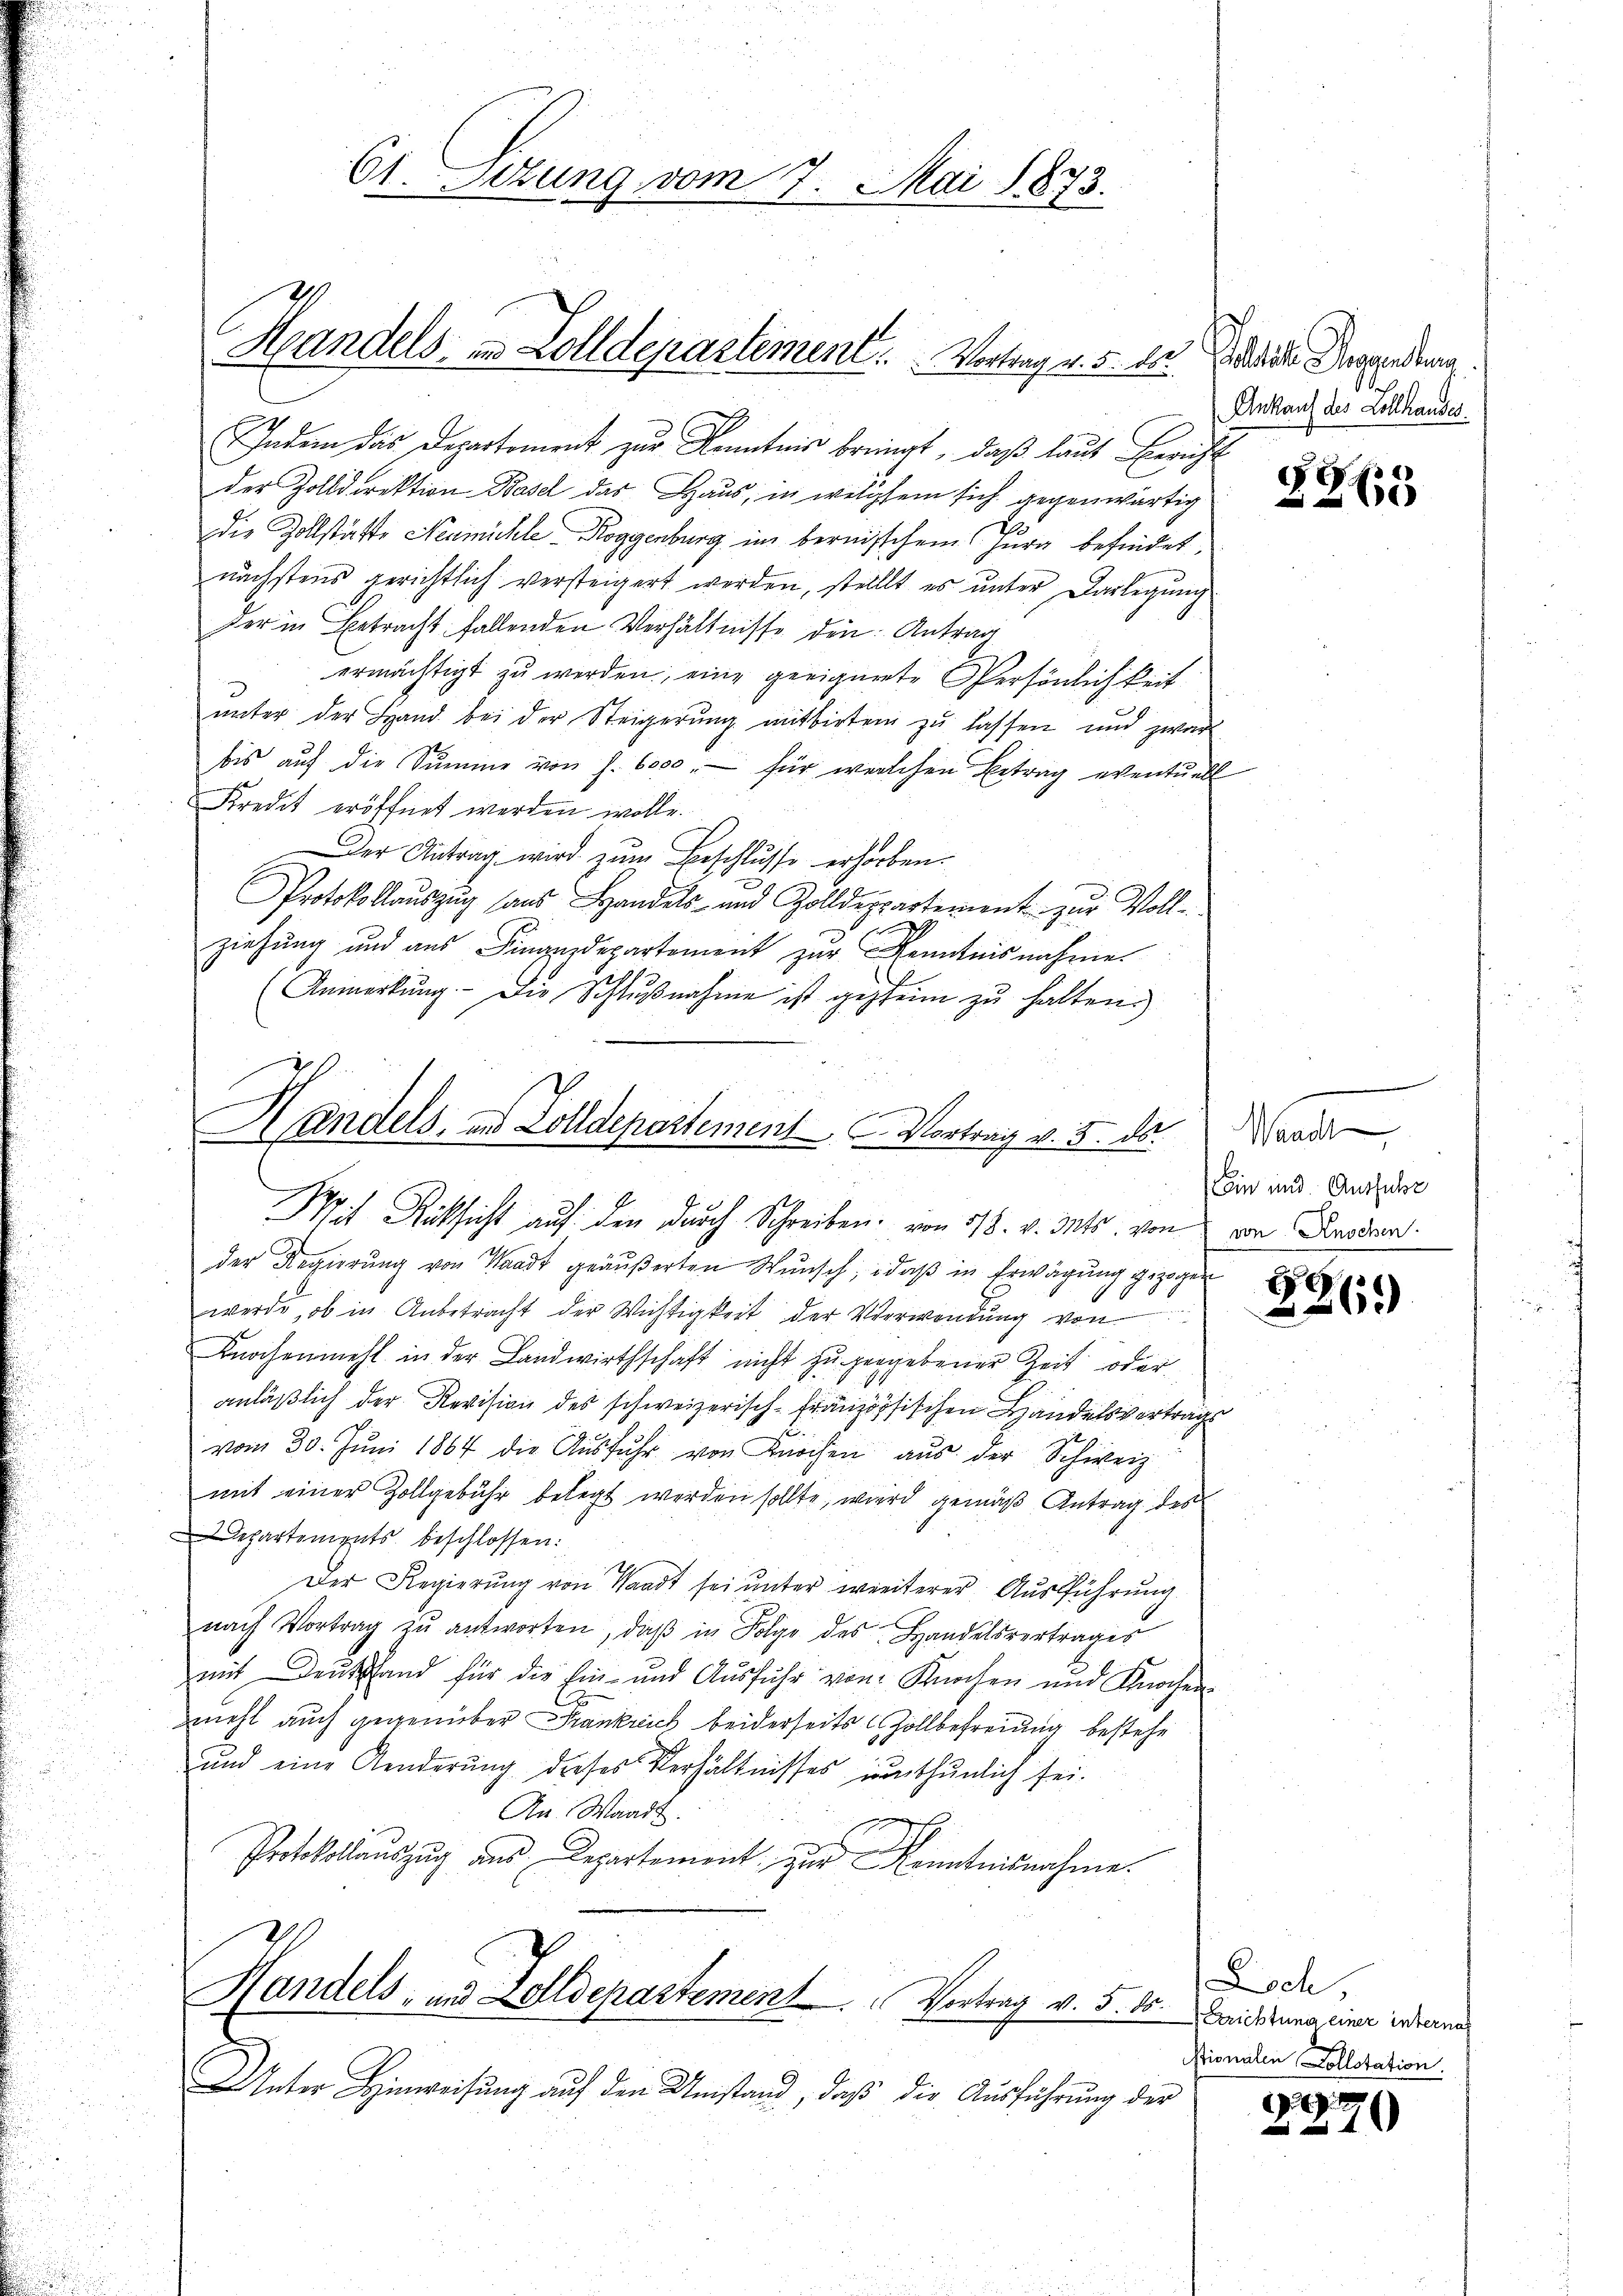
61. Sizung vom 7. Mai 1873.

9
Indem das Departement zur Kenntnis bringt, daß laut Bericht
der Zolldirektion Basel das Haus, in welchem sich gegenwärtig
die Zollstätte Neumühle Roggenburg im bereisschem Jura befindet,
nächstens gerichtlich versteigert werden, stellt es unter Darlegung
Der in Betracht fallenden Verhältnisse den Antrag
 ermächtigt zu werden, eine geeignete Persönlichkeit
ŭnter der Hand bei der Steigerŭng mitbirten zŭ lassen und zwar
bis auf die Summe von S. 6000.- für welchen Betrag eventuell
Kredit eröffnet werden wolle.
Der Antrag wird zŭm Beschlŭsse erhorben.
Protokollauszug aus Handels- und Zolldeppartement zŭr Voll-
ziehung und aus Finanzdepartement zur Kenntnisnahme
(Anmerkŭng. - Die Schlŭβnahme ist geheim zŭ halten.)

Handels in Zolldepartement. Vortrag v. 5. ds.

Handels, und Zolldepartement Vortrag v. 5. ds.
Wis Rücksicht auf den durch Schreiben von 518. v. Mts. von von Baden.

der Regierŭng von Waadt geäußerten Wŭnsch, daß in Erwägung gezogen
werde, ob in Anbetracht der Wichtigkeit der Verwendung von
Knochenmehl in der Landwirthschaft nicht zu gegebener Zeit oder
anläßlich der Revision des schweizerisch-Französischen Handelsvertrags
vom 30. Jŭni 1864 die Aŭsfŭhr von Knochen aŭs der Schweiz.
mit einer Zollgebühr belegt werden sollte, wird gemäß Antrag des
Departements beschlossen:
Der Regierung von Waadt sei unter weiterer Ausführung
nach Vortrag zu antworten, daß in Folge des Handelsvertrages
mit Deut fand für die Ein- und Aŭsführ von Knochen und Knochen
mehl auch gegenüber Frankreich beiderseits Zollbefreiung bestehe
und eine Aenderŭng dieses Verhältnisses inthŭnlich sei.
An Waadt.
Protokollauszug aus Departement zur Kenntnisnahme.
Handels- und Zolldepartement. Vortrag v. 5. ds.
Inter Hinweisung auf den Umstand, daß die Ausführung der

Petit. Gegenden.
Ankauf des Collhauses

Walten,
Cein und Ausfuhr

1
269

E

2265

Ich,
Errichtung einer internah
ionalen Kollotation.

2
70